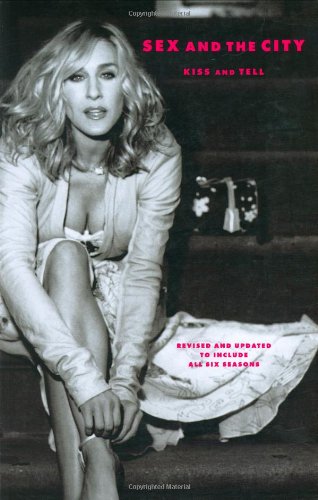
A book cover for Sex and the City: Kiss and Tell; Amy Sohn; Humor & Entertainment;